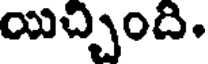
యిచ్చింది.